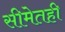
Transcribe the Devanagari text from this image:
सीमेतही